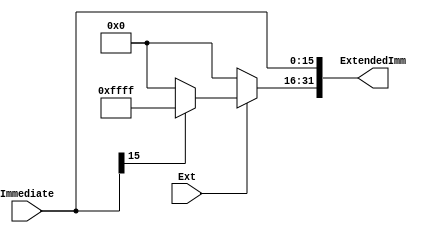
`timescale 1ns / 1ps
//////////////////////////////////////////////////////////////////////////////////
// Company: 
// Engineer: 
// 
// Design Name: 
// Module Name: ExtendUnit
// Project Name: 
// Target Devices: 
// Tool Versions: 
// Description: 
// 
// Dependencies: 
// 
// Revision:
// Revision 0.01 - File Created
// Additional Comments:
// 
//////////////////////////////////////////////////////////////////////////////////


module ExtendUnit(
    input wire [15: 0] Immediate,
    input Ext,
    output [31: 0] ExtendedImm
    );
    
    assign ExtendedImm[15: 0] = Immediate;
    assign ExtendedImm[31: 16] = Ext ? (Immediate[15] ? 16'hffff : 16'h0000) : 16'h0000;
endmodule